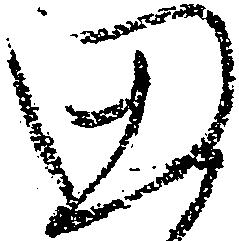
思